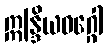
ဣန္ဒြိယဝဂ္ဂေါ